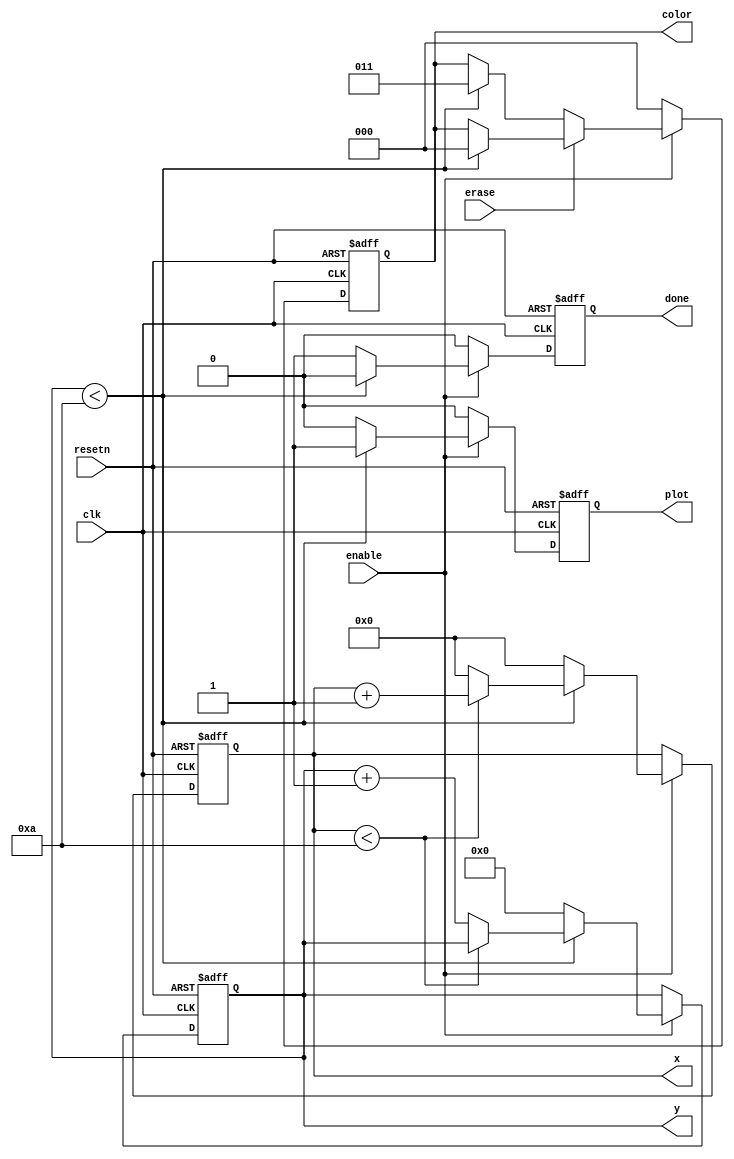
module counter (clk, resetn, enable, erase, color, x, y, plot, done);
input clk, resetn, enable, erase;
output reg plot;
output reg [7:0]x;
output reg [6:0]y;
wire [7:0] addr;
wire [2:0] color_out;
output reg [2:0] color;
output reg done;

parameter width = 10, height = 10;

always @ (posedge clk or negedge resetn)
begin
	if (!resetn)
	begin
		x <= 0;
		y <= 0;
		plot <= 0;
		color <= 3'b000;
		done <= 0;
	end
	else if (!enable)
	begin
		x <= x;
		y <= y;
		plot <= 0;
		color <= 3'b000;
		done <= 0;
	end
	else
	begin
		if (erase)
		begin
			if (y < height)
			begin
				if (x < width)
				begin
					x <= x + 1;
					y <= y;
					plot <= 1;
					done <= 0;
					color <= 3'b000;
				end
				else
				begin
					x <= 0;
					y <= y + 1;
					plot <= 1;
					done <= 0;
					color <= 3'b000;
				end
			end
			else
			begin
				x <= 0;
				y <= 0;
				plot <= 0;
				color <= color;
				done <= 1;
			end
		end
		else
		begin
			if (y < height)
			begin
				if (x < width)
				begin
					x <= x + 1;
					y <= y;
					plot <= 1;
					done <=0;
					color <= 3'b011;
				end
				else
				begin
					x <= 0;
					y <= y + 1;
					plot <= 1;
					done <= 0;
					color <= 3'b011;
				end
			end
			else
			begin
				x <= 0;
				y <= 0;
				plot <= 0;
				color <= color;
				done <= 1;
			end
		end
	end
end
	/*assign addr = y * 16 + x;
	
	lpm_ram_dq1	lpm_ram_dq1_inst (
	.address ( addr ),
	.clock ( clk ),
	.data ( 3'b000 ),
	.wren ( 0 ),
	.q ( color_out ));*/

	
endmodule